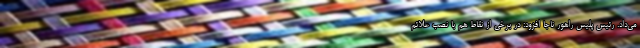
می‌داد. رئیس پلیس راهور ناجا افزود: در برخی از نقاط هم با نصب علائم